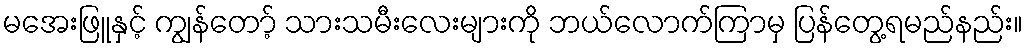
မအေးဖြူနှင့် ကျွန်တော့် သားသမီးလေးများကို ဘယ်လောက်ကြာမှ ပြန်တွေ့ရမည်နည်း။